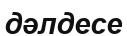
дәлдесе